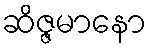
ဆိဇ္ဇမာနော